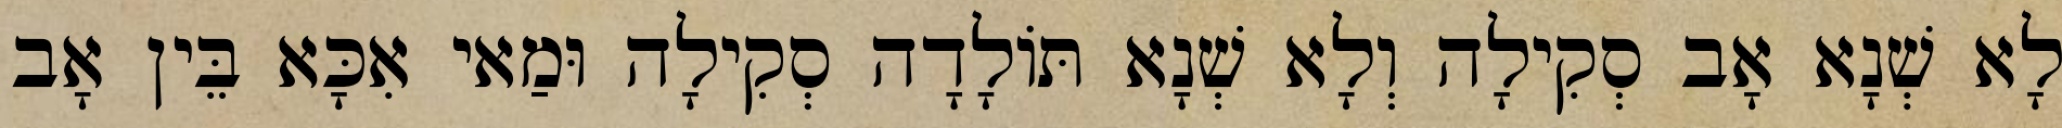
לָא שְׁנָא אָב סְקִילָה וְלָא שְׁנָא תּוֹלָדָה סְקִילָה וּמַאי אִכָּא בֵּין אָב